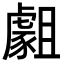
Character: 𧇿